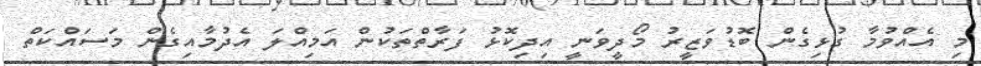
މި އެއްވުމާ ގުޅިގެން ބޮޑުވަޒީރު މޯދީވަނީ އިދިކޮޅު ފަރާތްތަކުން އަމިއްލަ އެދުމާއިގެން މަސައްކަތް